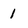
Character: 1